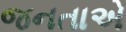
જનતાએ